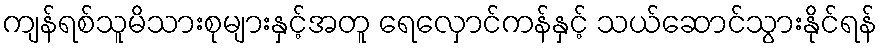
ကျန်ရစ်သူမိသားစုများနှင့်အတူ ရေလှောင်ကန်နှင့် သယ်ဆောင်သွားနိုင်ရန်